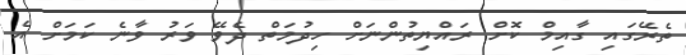
ތެރޭގައި ގާއިމް ކޮށް ރައްޔިތުންނަށް ހިދުމަތް ދެވޭ ވަރު ވާނެ ކަމަށް އެ